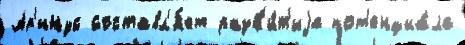
Ар'инус составл'я́ет разв'и́т'иjа пот'енциа́ла